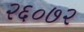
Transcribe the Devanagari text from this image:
२६०७२